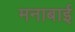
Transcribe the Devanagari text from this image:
मनाबाई